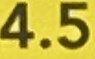
4.5